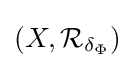
(X,{\mathcal {R}}_{\delta _{\Phi }})